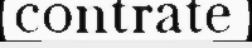
contrate